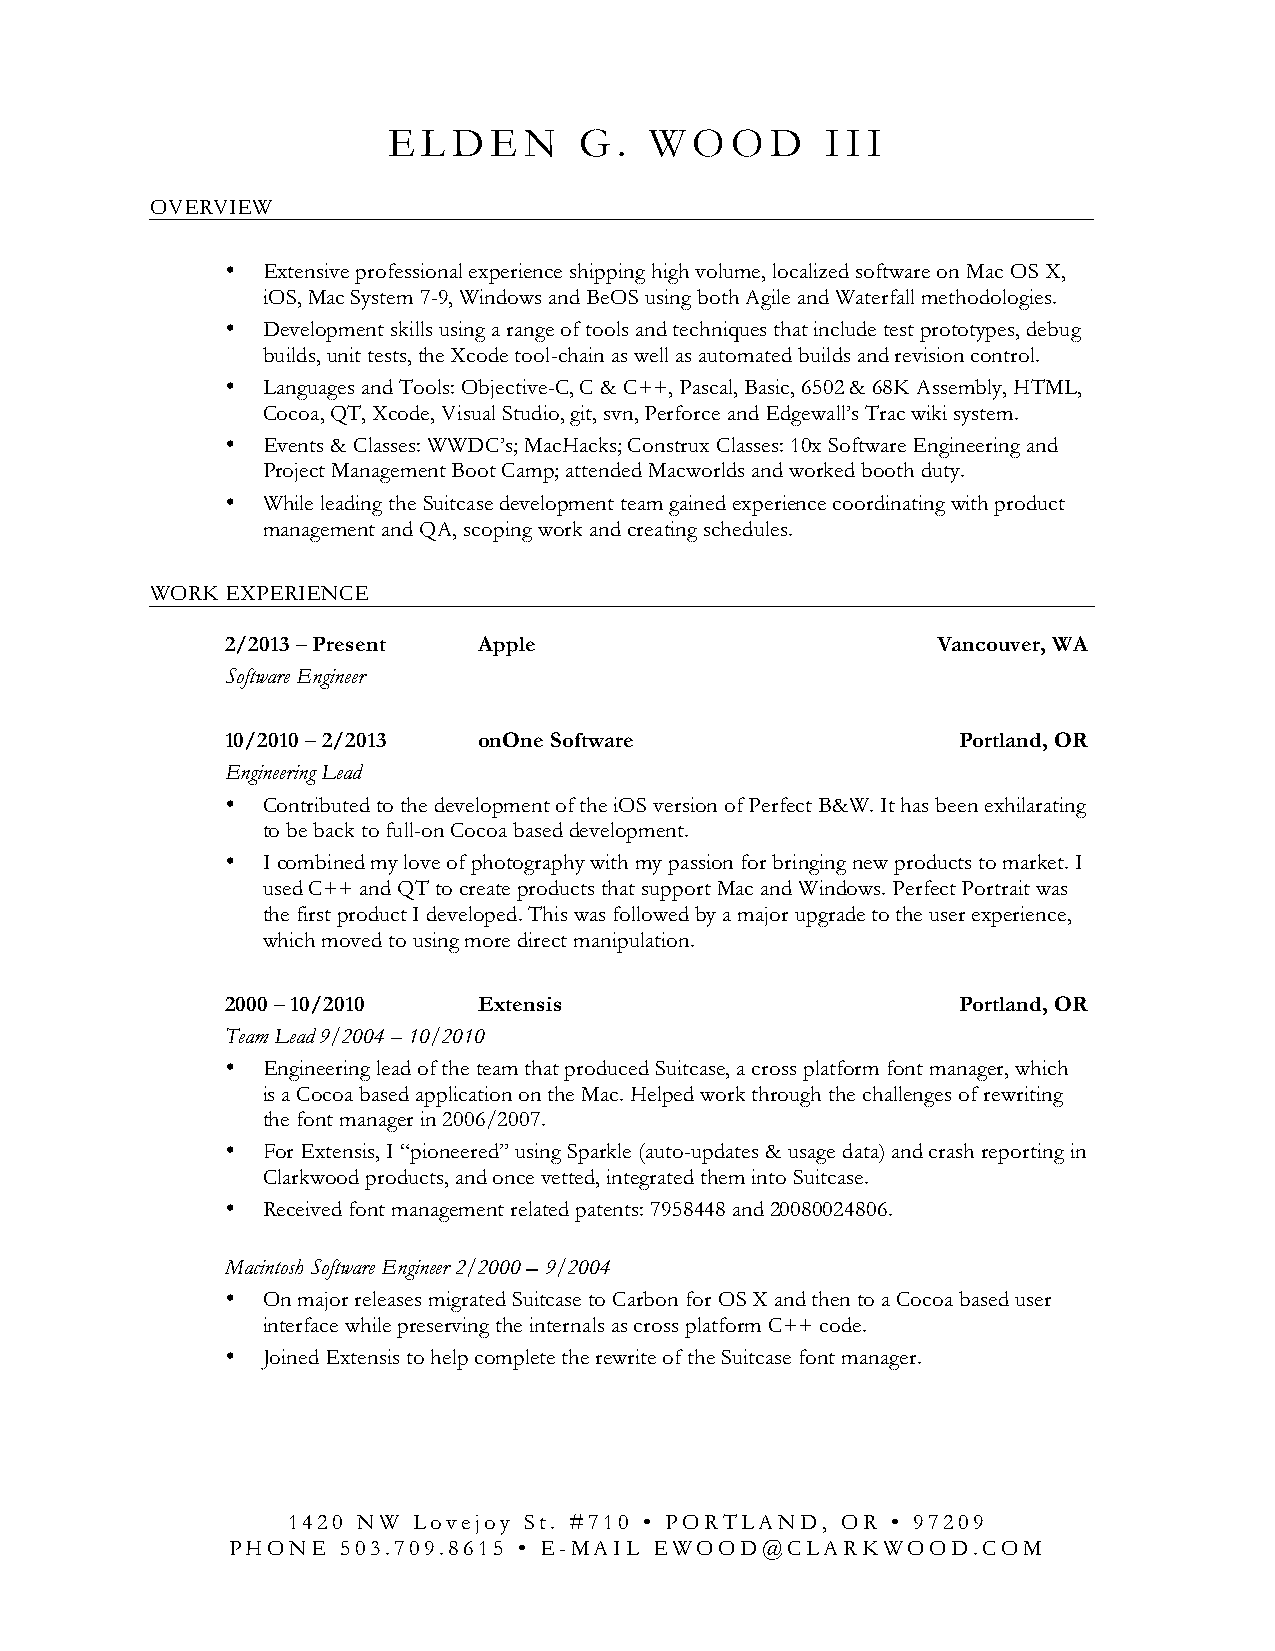
E L D E  N  G  . W  O O  D   I I I
 OVERVIEW
 • Extensive professional experience shipping high volume, localized software on Mac OS X,
 iOS, Mac System 7-9, Windows and BeOS using both Agile and Waterfall methodologies.
 • Development skills using a range of tools and techniques that include test prototypes, debug
 builds, unit tests, the Xcode tool-chain as well as automated builds and revision control.
 • Languages and Tools: Objective-C, C & C++, Pascal, Basic, 6502 & 68K Assembly, HTML,
 Cocoa, QT, Xcode, Visual Studio, git, svn, Perforce and Edgewall’s Trac wiki system.
 • Events & Classes: WWDC’s; MacHacks; Construx Classes: 10x Software Engineering and
 Project Management Boot Camp; attended Macworlds and worked booth duty.
 • While leading the Suitcase development team gained experience coordinating with product
 management and QA, scoping work and creating schedules.
 WORK EXPERIENCE
 2/2013 – Present Apple                         Vancouver, WA
 Software Engineer
 10/2010 – 2/2013 onOne Software                 Portland, OR
 Engineering Lead
 • Contributed to the development of the iOS version of Perfect B&W. It has been exhilarating
 to be back to full-on Cocoa based development.
 • I combined my love of photography with my passion for bringing new products to market. I
 used C++ and QT to create products that support Mac and Windows. Perfect Portrait was
 the first product I developed. This was followed by a major upgrade to the user experience,
 which moved to using more direct manipulation.
 2000 – 10/2010   Extensis                       Portland, OR
 Team Lead 9/2004 – 10/2010
 • Engineering lead of the team that produced Suitcase, a cross platform font manager, which
 is a Cocoa based application on the Mac. Helped work through the challenges of rewriting
 the font manager in 2006/2007.
 • For Extensis, I “pioneered” using Sparkle (auto-updates & usage data) and crash reporting in
 Clarkwood products, and once vetted, integrated them into Suitcase.
 • Received font management related patents: 7958448 and 20080024806.
 Macintosh Software Engineer 2/2000 – 9/2004
 • On major releases migrated Suitcase to Carbon for OS X and then to a Cocoa based user
 interface while preserving the internals as cross platform C++ code.
 • Joined Extensis to help complete the rewrite of the Suitcase font manager.
 1420 NW Lovejoy St. #710 • PORTLAND, OR • 97209
 PHONE   503.709.8615 • E-MAIL EWOOD@CLARKWOOD.COM